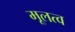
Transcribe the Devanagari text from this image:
मूलत्व